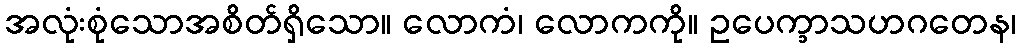
အလုံးစုံသောအစိတ်ရှိသော။ လောကံ၊ လောကကို။ ဥပေက္ခာသဟဂတေန၊